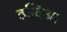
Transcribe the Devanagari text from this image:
इन्दिआ